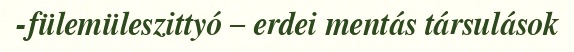
-fülemüleszittyó – erdei mentás társulások